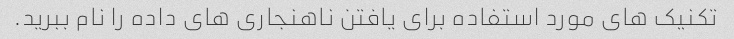
تکنیک های مورد استفاده برای یافتن ناهنجاری های داده را نام ببرید.